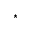
^ \star